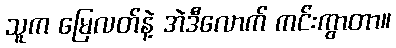
သူက မြေလတ်နဲ့ အဲဒီလောက် ကင်းကွာတာ။